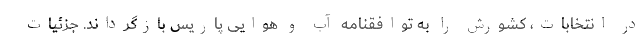
در انتخابات، کشورش را به توافقنامه آب و هوایی پاریس بازگرداند. جزئیات